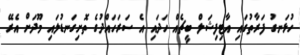
ހުޅަނގު ފަރާތުގައި އާޓިފިޝަލް ބީޗެއް ހަދައި އެ ސަރަހައްދުގެ ތޮށިގަނޑުލައިި މޫދަށް އެރޭ